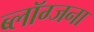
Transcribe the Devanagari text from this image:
ब्लॉग्जना